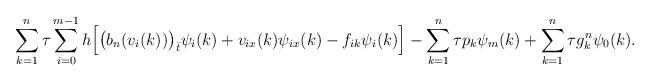
LaTeX: \begin{align*}\sum\limits_{k=1}^n\tau\sum\limits_{i=0}^{m-1}h\Big[\big(b_n(v_i(k))\big)_{\bar t}\psi_i(k) + v_{ix}(k)\psi_{ix}(k)-f_{ik}\psi_i(k)\Big] -\sum\limits_{k=1}^n\tau p_k\psi_m(k) +\sum\limits_{k=1}^n\tau g_k^n\psi_0(k). \end{align*}